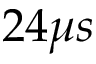
2 4 \mu s